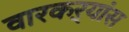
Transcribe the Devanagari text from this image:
वारकऱ्यांस